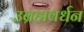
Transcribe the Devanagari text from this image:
उब्रह्मवर्धन